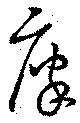
廩